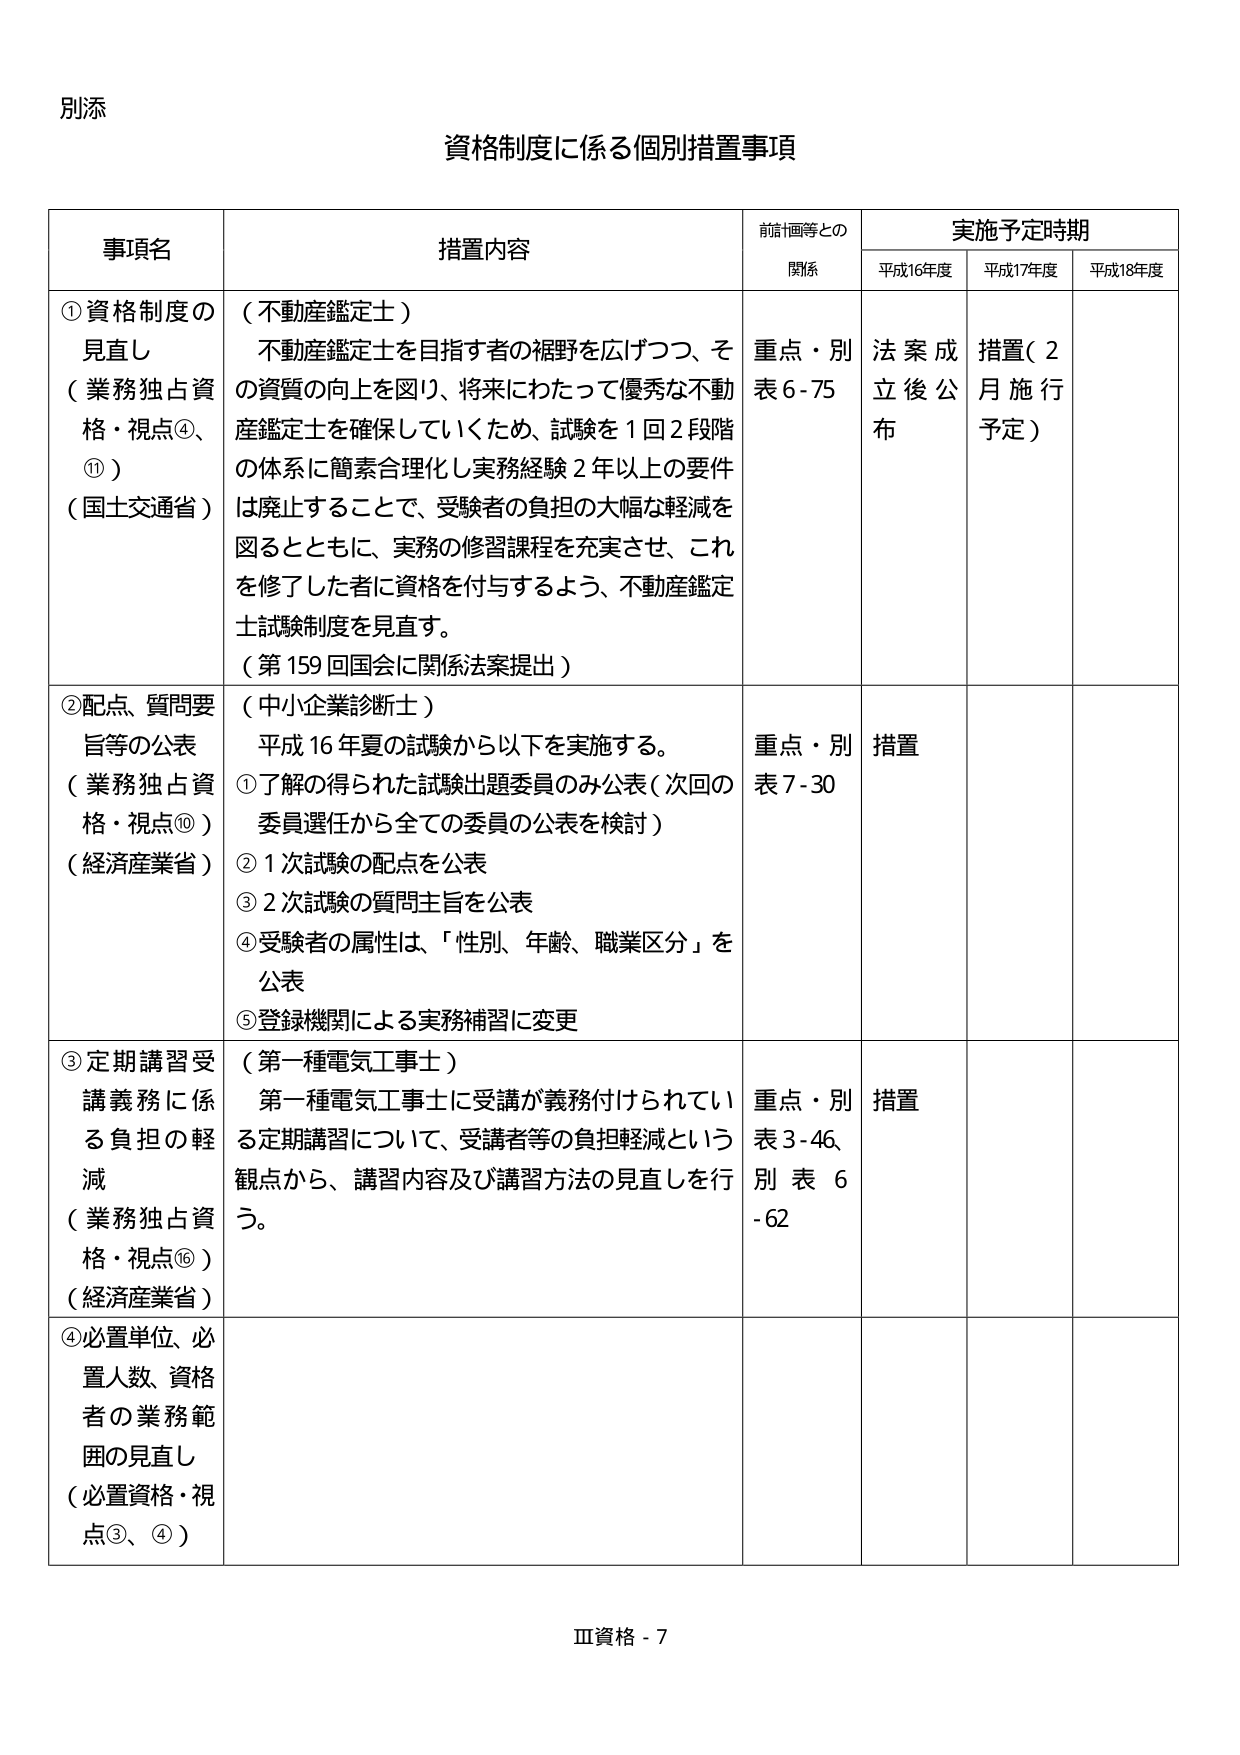
別添

資格制度に係る個別措置事項

事項名